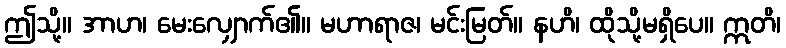
ဤသို့။ အာဟ၊ မေးလျှောက်၏။ မဟာရာဇ၊ မင်းမြတ်။ နဟိ၊ ထိုသို့မရှိပေ။ ဣတိ၊